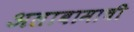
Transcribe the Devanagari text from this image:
अलाबामाची